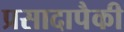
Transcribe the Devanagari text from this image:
प्रसादापैकी